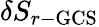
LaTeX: \delta S_{r-\mathrm{{GCS}}}